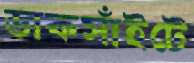
ডাকসাঁইটে